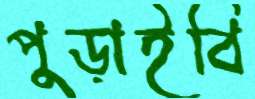
পুড়াইবি